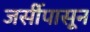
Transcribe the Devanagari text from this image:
जर्सीपासून